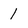
Character: 1